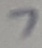
Text: 7